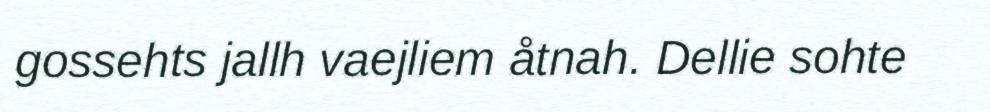
gossehts jallh vaejliem åtnah. Dellie sohte